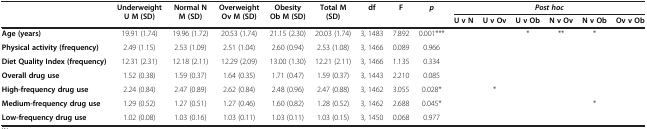
<table><thead><tr><td rowspan="2"><b> </b></td><td rowspan="2"><b>Underweight U M (SD)</b></td><td rowspan="2"><b>Normal N M (SD)</b></td><td rowspan="2"><b>Overweight Ov M (SD)</b></td><td rowspan="2"><b>Obesity Ob M (SD)</b></td><td rowspan="2"><b>Total M (SD)</b></td><td rowspan="2"><b>df</b></td><td rowspan="2"><b>F</b></td><td rowspan="2"><b><i>p</i></b></td><td colspan="6"><b><i>Post hoc</i></b></td></tr><tr><td><b>U v N</b></td><td><b>U v Ov</b></td><td><b>U v Ob</b></td><td><b>N v Ov</b></td><td><b>N v Ob</b></td><td><b>Ov v Ob</b></td></tr></thead><tbody><tr><td><b>Age (years)</b></td><td>19.91 (1.74)</td><td>19.96 (1.72)</td><td>20.53 (1.74)</td><td>21.15 (2.30)</td><td>20.03 (1.74)</td><td>3, 1483</td><td>7.892</td><td>0.001***</td><td> </td><td> </td><td>*</td><td>**</td><td>*</td><td> </td></tr><tr><td><b>Physical activity (frequency)</b></td><td>2.49 (1.15)</td><td>2.53 (1.09)</td><td>2.51 (1.04)</td><td>2.60 (0.94)</td><td>2.53 (1.08)</td><td>3, 1466</td><td>0.089</td><td>0.966</td><td> </td><td> </td><td> </td><td> </td><td> </td><td> </td></tr><tr><td><b>Diet Quality Index (frequency)</b></td><td>12.31 (2.31)</td><td>12.18 (2.11)</td><td>12.29 (2.09)</td><td>13.00 (1.30)</td><td>12.21 (2.11)</td><td>3, 1466</td><td>1.135</td><td>0.334</td><td> </td><td> </td><td> </td><td> </td><td> </td><td> </td></tr><tr><td><b>Overall drug use</b></td><td>1.52 (0.38)</td><td>1.59 (0.37)</td><td>1.64 (0.35)</td><td>1.71 (0.47)</td><td>1.59 (0.37)</td><td>3, 1443</td><td>2.210</td><td>0.085</td><td> </td><td> </td><td> </td><td> </td><td> </td><td> </td></tr><tr><td><b>High-frequency drug use</b></td><td>2.24 (0.84)</td><td>2.47 (0.89)</td><td>2.62 (0.84)</td><td>2.48 (0.96)</td><td>2.47 (0.88)</td><td>3, 1462</td><td>3.055</td><td>0.028*</td><td> </td><td>*</td><td> </td><td> </td><td> </td><td> </td></tr><tr><td><b>Medium-frequency drug use</b></td><td>1.29 (0.52)</td><td>1.27 (0.51)</td><td>1.27 (0.46)</td><td>1.60 (0.82)</td><td>1.28 (0.52)</td><td>3, 1462</td><td>2.688</td><td>0.045*</td><td> </td><td> </td><td> </td><td> </td><td>*</td><td> </td></tr><tr><td><b>Low-frequency drug use</b></td><td>1.02 (0.08)</td><td>1.03 (0.16)</td><td>1.03 (0.11)</td><td>1.03 (0.11)</td><td>1.03 (0.15)</td><td>3, 1450</td><td>0.068</td><td>0.977</td><td> </td><td> </td><td> </td><td> </td><td> </td><td> </td></tr></tbody></table>